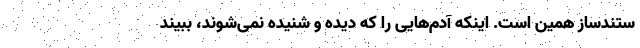
ستندساز همین است. اینکه آدم‌هایی را که دیده و شنیده نمی‌شوند، ببیند